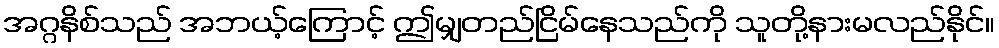
အဂ္ဂနိစ်သည် အဘယ့်ကြောင့် ဤမျှတည်ငြိမ်နေသည်ကို သူတို့နားမလည်နိုင်။